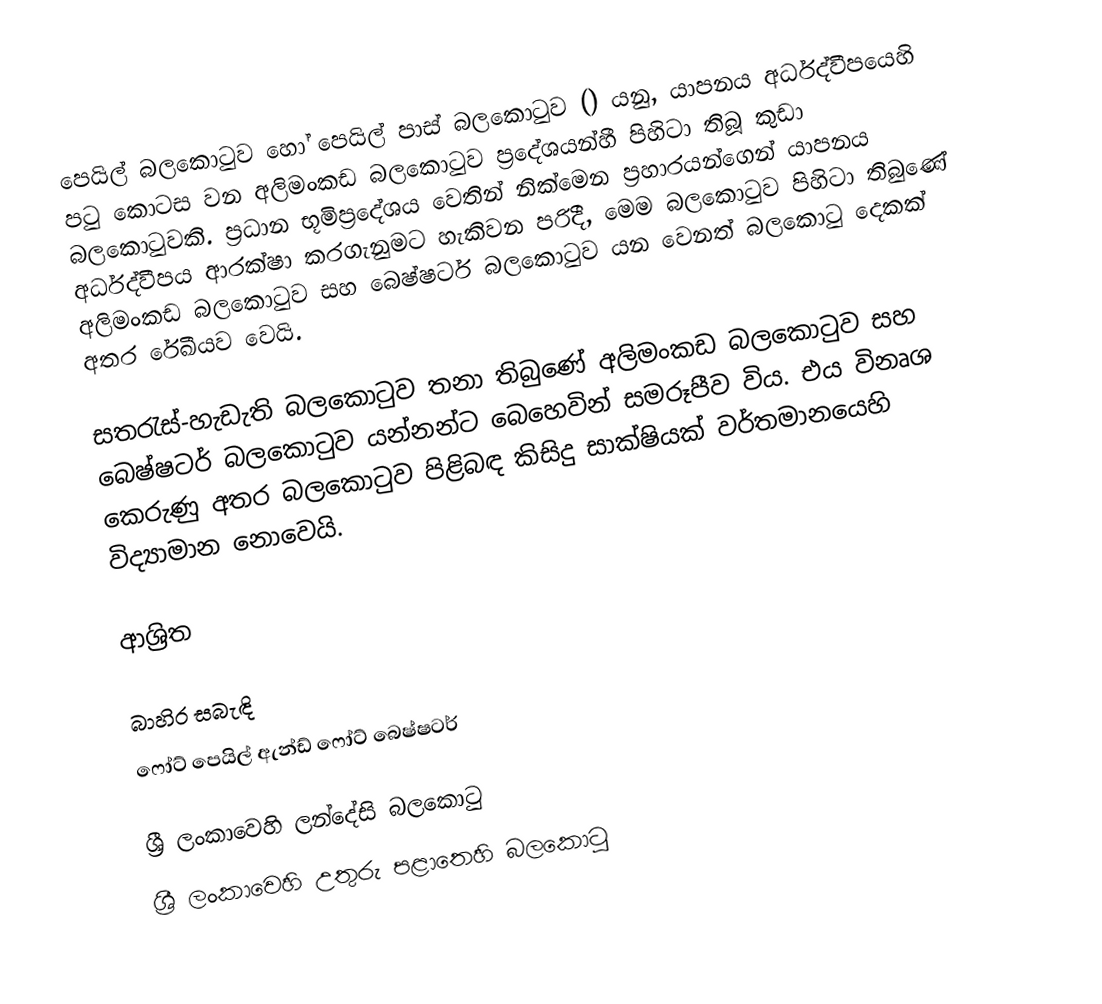
පෙයිල් බලකොටුව හෝ  පෙයිල් පාස් බලකොටුව () යනු,  යාපනය අර්ධද්වීපයෙහි පටු කොටස වන අලිමංකඩ බලකොටුව ප්‍රදේශයන්හී පිහිටා තිබූ කුඩා බලකොටුවකි. ප්‍රධාන භූමිප්‍රදේශය වෙතින් නික්මෙන ප්‍රහාරයන්ගෙන් යාපනය අර්ධද්වීපය ආරක්ෂා කරගැනුමට හැකිවන පරිදී, මෙම බලකොටුව පිහිටා තිබුණේ අලිමංකඩ බලකොටුව සහ  බෙෂ්ෂටර් බලකොටුව යන වෙනත් බලකොටු දෙකක් අතර රේඛීයව වෙයි.

සතරැස්-හැඩැති බලකොටුව තනා තිබුණේ අලිමංකඩ බලකොටුව සහ බෙෂ්ෂටර් බලකොටුව යන්නන්ට බෙහෙවින් සමරූපීව විය. එය විනෘශ කෙරුණු අතර බලකොටුව පිළිබඳ කිසිදු සාක්ෂියක් වර්තමානයෙහි විද්‍යාමාන නොවෙයි.

ආශ්‍රිත

බාහිර සබැඳි
 ෆෝට් පෙයිල් ඇන්ඩ් ෆෝට් බෙෂ්ෂටර්

ශ්‍රී ලංකාවෙහි ලන්දේසි බලකොටු
ශ්‍රී ලංකාවෙහි උතුරු පළාතෙහි බලකොටු